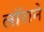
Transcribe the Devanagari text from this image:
लॉराने